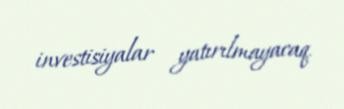
investisiyalar yatırılmayacaq.